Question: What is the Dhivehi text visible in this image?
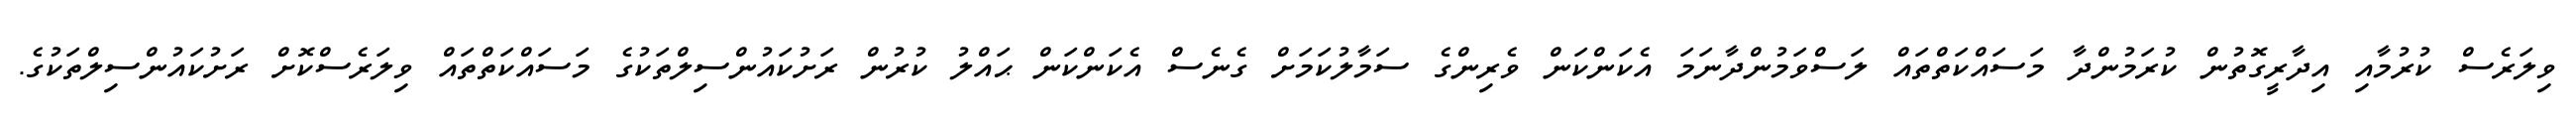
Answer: ވިލަރެސް ކުރުމާއި އިދާރީގޮތުން ކުރަމުންދާ މަސައްކަތްތައް ލަސްވަމުންދާނަމަ އެކަންކަން ވެރިންގެ ސަމާލުކަމަށް ގެނެސް އެކަންކަން ޙައްލު ކުރުން ރަށުކައުންސިލްތަކުގެ މަސައްކަތްތައް ވިލަރެސްކޮށް ރަށުކައުންސިލްތަކުގެ.